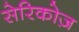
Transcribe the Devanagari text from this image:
सेरिकोज़